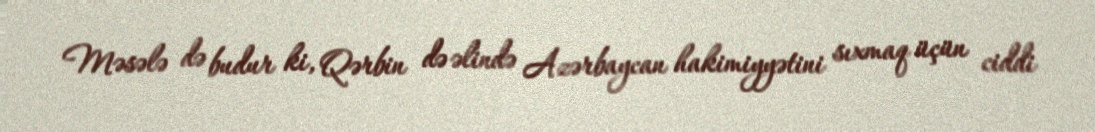
Məsələ də budur ki, Qərbin də əlində Azərbaycan hakimiyyətini sıxmaq üçün ciddi